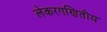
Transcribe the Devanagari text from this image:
लेकरगणितीय